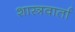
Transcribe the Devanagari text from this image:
शास्त्रवार्ता